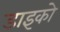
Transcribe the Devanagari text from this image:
डाइको